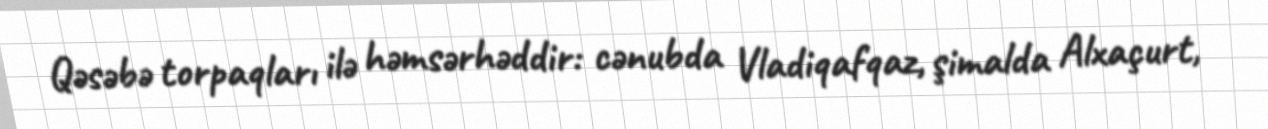
Qəsəbə torpaqları ilə həmsərhəddir: cənubda Vladiqafqaz, şimalda Alxaçurt,